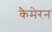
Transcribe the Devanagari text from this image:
कैमेरन